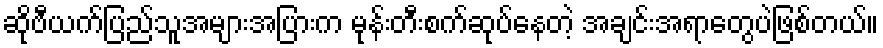
ဆိုဗီယက်ပြည်သူအများအပြားက မုန်းတီးစက်ဆုပ်နေတဲ့ အချင်းအရာတွေပဲဖြစ်တယ်။